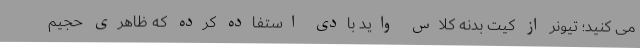
می کنید؛ تیونر از کیت بدنه کلاس واید بادی استفاده کرده که ظاهری حجیم